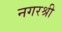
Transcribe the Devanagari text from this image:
नगरश्री